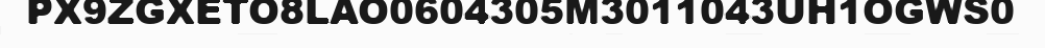
PX9ZGXETO8LAO0604305M3011043UH1OGWS0